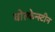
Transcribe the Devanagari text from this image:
वोल्फेन्स्टीन